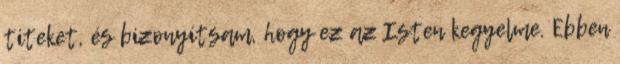
titeket, és bizonyítsam, hogy ez az Isten kegyelme. Ebben